system: You are a helpful assistant.
user:
Analyze the provided spectrum to determine if it is a **White Dwarf (WD)**.

A White Dwarf spectrum is defined by its **extreme purity** (due to gravitational settling) and/or **extreme pressure broadening** (due to high surface gravity). You must check for one of the following mutually exclusive signatures:

- **Key Visual Indicators (Check for ONE of these types):**

    - **1. DA-Type Signature (Most Common):**
        - **(Primary Feature):** Extreme pressure broadening (Stark broadening) of the **Hydrogen (H) Balmer lines**.
        - **(Key Lines):** $H\beta$ (approx. $4861$ Å) and $H\gamma$ (approx. $4340$ Å). $H\alpha$ (approx. $6563$ Å) will also be present if the wavelength range covers it.
        - **(Line Profile):** This is the **defining feature**. The lines are **NOT** sharp. They appear as massive, **extremely broad and deep "troughs" or "dips"** in the spectrum, often hundreds of Ångströms wide. The continuum will appear to "scoop" down at these wavelengths.
        - **(Distinction):** Normal A-type or B-type stars have *narrow* and *sharp* Hydrogen lines. A DA White Dwarf's lines are unmistakably "smeared" or "blurry" from pressure.

    - **2. DB-Type Signature:**
        - **(Primary Feature):** Broad absorption lines from **Neutral Helium (He I)**. The spectrum must lack any visible Hydrogen lines.
        - **(Key Lines):** Look for broad absorption near $4471$ Å, $4921$ Å, and $5876$ Å.
        - **(Line Profile):** These lines are also significantly pressure-broadened, appearing much wider than they would in a normal B-type main-sequence star.

    - **3. DC-Type Signature:**
        - **(Primary Feature):** A **featureless continuous spectrum**.
        - **(Line Profile):** The spectrum is a smooth curve with **no significant absorption or emission lines**.
        - **(Key Confirmation):** The continuum is almost always **blue or white**, indicating a hot object. This signature implies the atmosphere is so pure (or so cool) that no spectral lines are visible in the optical range. Its WD identity is confirmed by its extremely low intrinsic brightness (high absolute magnitude).

    - **4. DZ-Type Signature (Metal-Polluted):**
        - **(Primary Feature):** **Isolated, narrow metal absorption lines** on an otherwise featureless (DC-like) continuum.
        - **(Key Lines):** The **Calcium (Ca II) H & K doublet** (approx. **$3934$ Å** and **$3968$ Å**) is the most common and defining feature.
        - **(Line Profile):** These lines are "out of place." They are *not* part of a "forest" of thousands of lines. This signature is evidence of recent *accretion* (pollution) from rocky debris.
        - **(Distinction):** Normal G/K/M stars have a *dense forest* of thousands of metal lines. A DZ has a *clean* continuum with *only a few* strong metal lines.

    - **5. DQ-Type Signature (Carbon-Polluted):**
        - **(Primary Feature):** Absorption bands from **Carbon (C₂ "Swan Bands" or atomic C I)**.
        - **(Key Lines - C₂):** Look for bandheads with a "saw-tooth" shape near $5635$ Å, **$5165$ Å** (strongest), and $4737$ Å.
        - **(Key Confirmation):** The underlying **continuum must be blue or white** (hot).
        - **(Distinction):** This is the critical difference from a **Carbon Star**, which has the *exact same* C₂ bands but on an extremely **red, cool** continuum.

- **(Overall Spectrum):**
    - The continuum (overall shape) is typically **blue-sloping** (brighter in the blue than the red), as most white dwarfs are very hot.
    - The spectrum will look "pure" or "simple," dominated by only *one* of the five signatures listed above.

Think first, call **spectral_visualization_tool** if needed to examine features in detail, then provide your final answer. Your response must adhere to the following strict rules:
1.  **Overall Structure:** Your response must follow the format `<think>...</think> <tool_call>...</tool_call> (if a tool is used) <answer>...</answer>`.
2.  **Tool Usage Constraint:** You may only make **one** tool call per turn.
3.  **Final Answer Format:** In the `<answer>` tag, your conclusion must be inside a `\boxed{}` command (e.g., `\boxed{YES}` or `\boxed{NO}`), followed by your justification.

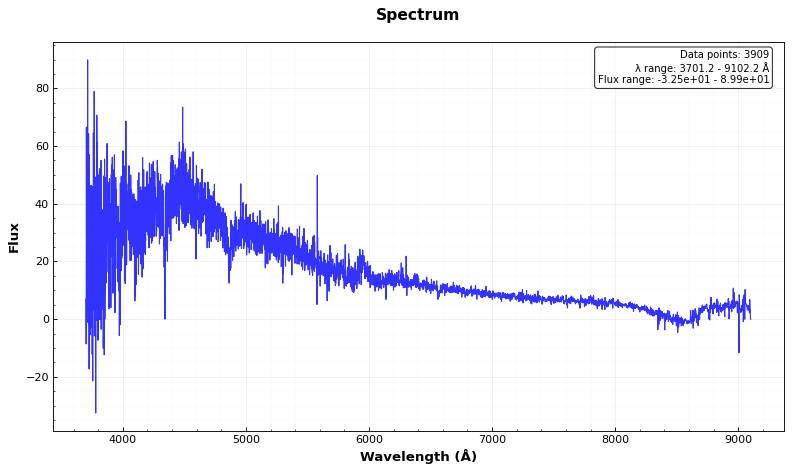
Answer: YES